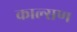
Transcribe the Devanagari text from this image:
काल्सण